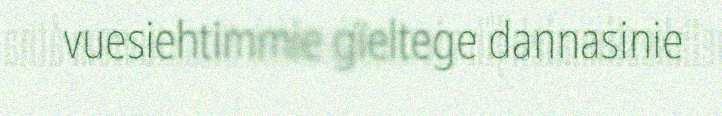
vuesiehtimmie gïeltege dannasinie